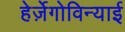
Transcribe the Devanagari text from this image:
हेर्ज़ेगोविन्याई